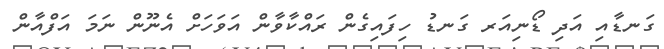
ގަނޑާއި އަދި ޑޯނިއަރ ގަނޑު ހިފައިގެން ރައްކާވާން އަވަހަށް އެނޫން ނަމަ އަފްއާން